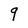
Character: 9